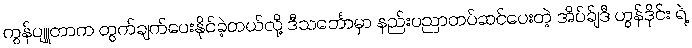
ကွန်ပျူတာက တွက်ချက်ပေးနိုင်ခဲ့တယ်လို့ ဒီသင်္ဘောမှာ နည်းပညာတပ်ဆင်ပေးတဲ့ အိပ်ခ်ျဒီ ဟွန်ဒိုင်း ရဲ့